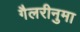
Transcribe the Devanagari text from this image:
गैलरीनुमा